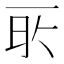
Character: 𬻔